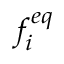
f _ { i } ^ { e q }